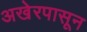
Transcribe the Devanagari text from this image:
अखेरपासून